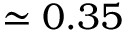
\simeq 0 . 3 5